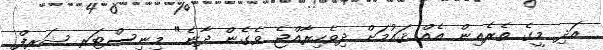
އަދި މީގެ ތެރެއިން އެއް ޤައުމަށް ދިވެހިރާއްޖެ ވެގެން ދާނެ" މިނިސްޓަރ ޝަރީފް